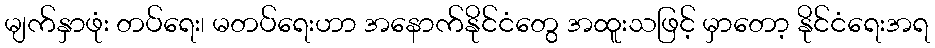
မျက်နှာဖုံး တပ်ရေး၊ မတပ်ရေးဟာ အနောက်နိုင်ငံတွေ အထူးသဖြင့် မှာတော့ နိုင်ငံရေးအရ